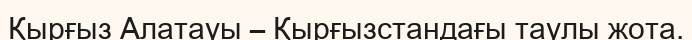
Қырғыз Алатауы – Қырғызстандағы таулы жота.